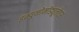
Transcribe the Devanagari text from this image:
इम्युनोमॉड्यूलेटर